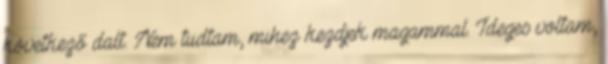
következő dalt. Nem tudtam, mihez kezdjek magammal. Ideges voltam,